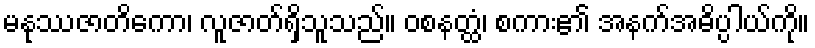
မနုဿဇာတိကော၊ လူဇာတ်ရှိသူသည်။ ဝစနတ္ထံ၊ စကား၏ အနက်အဓိပ္ပါယ်ကို။